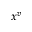
x ^ { v }